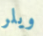
ويلر